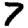
Digit: 7